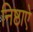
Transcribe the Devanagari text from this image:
निष्ठाऐ